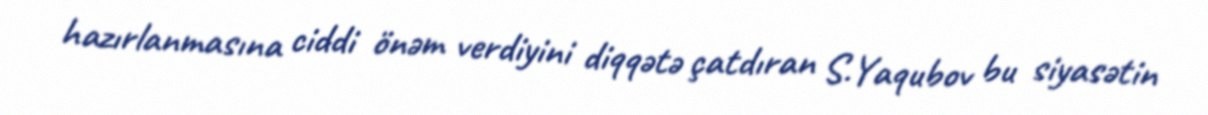
hazırlanmasına ciddi önəm verdiyini diqqətə çatdıran S.Yaqubov bu siyasətin